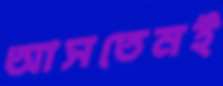
আসতেনই